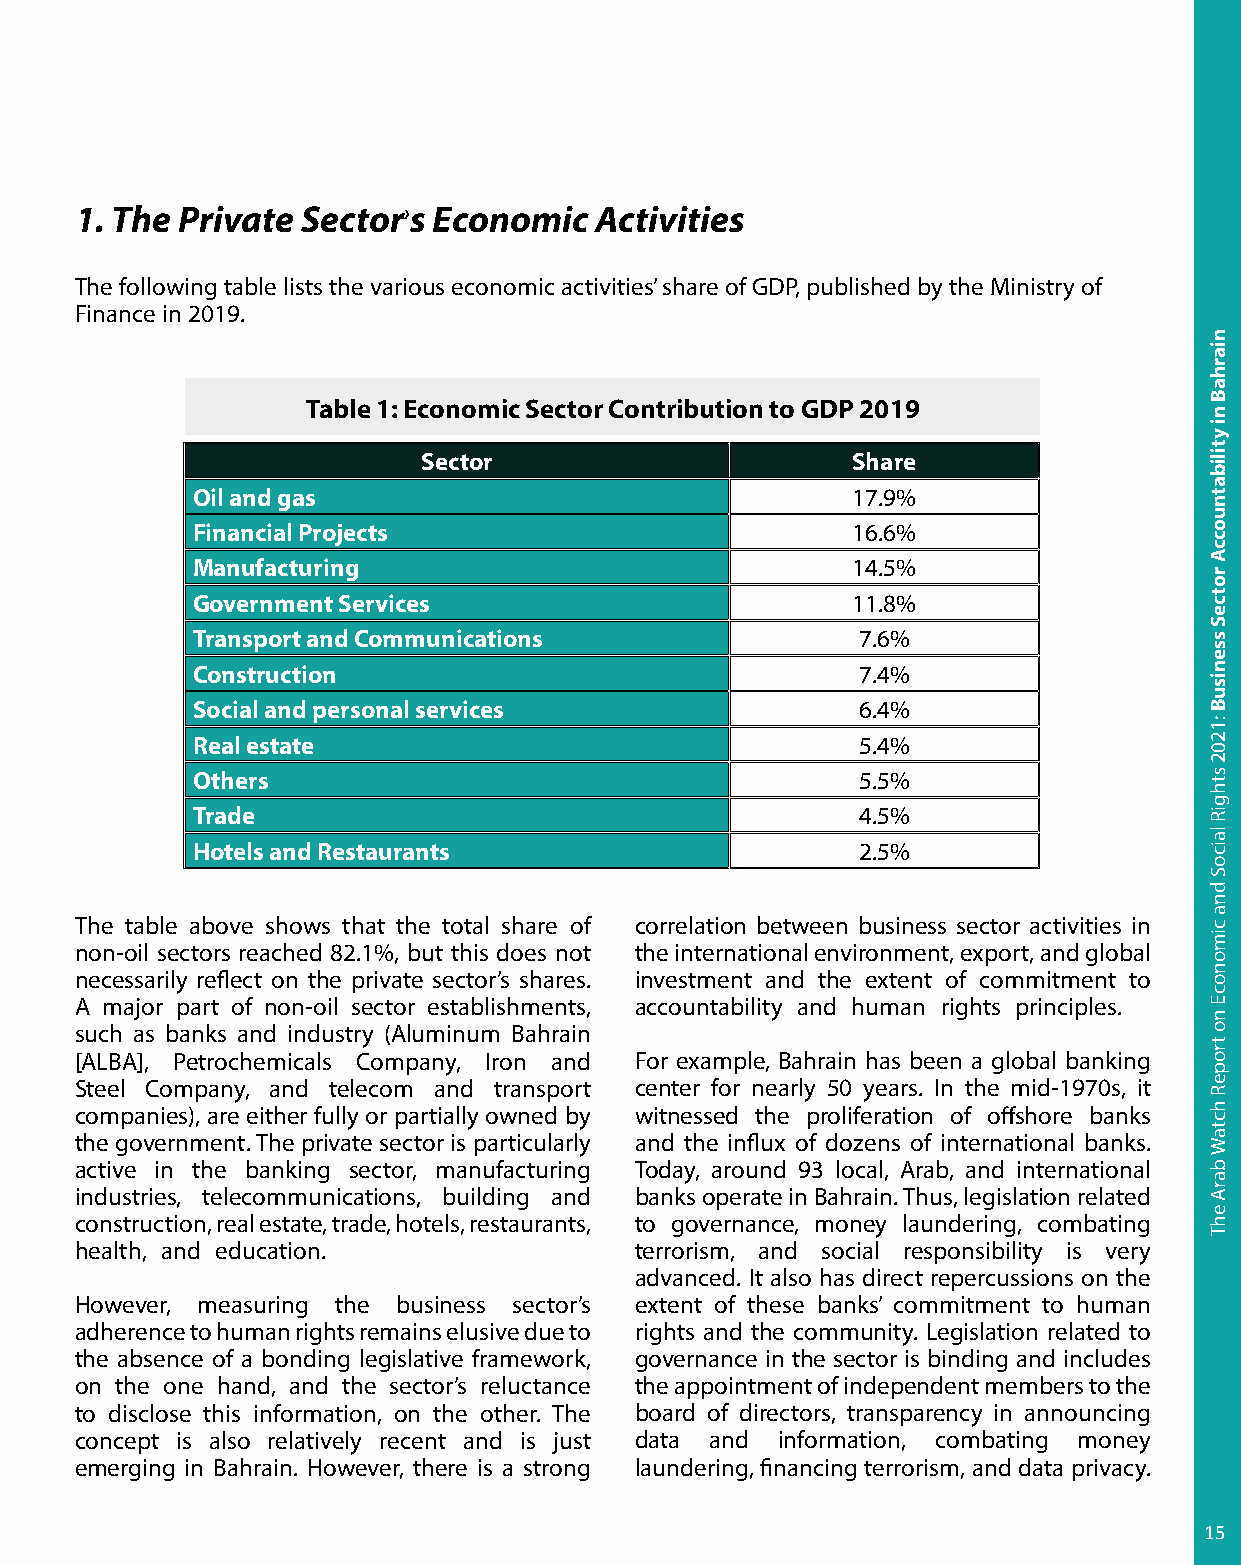
1. The Private Sector›s Economic  Activities
 The following table lists the various economic activities’ share of GDP, published by the Ministry of
 Finance in 2019.
 Table 1: Economic Sector Contribution to GDP 2019
 Sector                      Share
 Oil and gas                                17.9%
 Financial Projects                         16.6%
 Manufacturing                              14.5%
 Government Services                        11.8%
 Transport and Communications                7.6%
 Construction                                7.4%
 Social and personal services                6.4%
 Real estate                                 5.4%
 Others                                      5.5%
 Trade                                       4.5%
 Hotels and Restaurants                      2.5%
 The table above shows that the total share of correlation between business sector activities in
 non-oil sectors reached 82.1%, but this does not the international environment, export, and global
 necessarily reflect on the private sector’s shares. investment and the extent of commitment to
 A major part of non-oil sector establishments, accountability and human rights principles.
 such as banks and industry (Aluminum Bahrain
 [ALBA], Petrochemicals Company, Iron and For example, Bahrain has been a global banking
 Steel Company, and telecom and transport center for nearly 50 years. In the mid-1970s, it
 companies), are either fully or partially owned by witnessed the proliferation of offshore banks
 the government. The private sector is particularly and the influx of dozens of international banks.
 active in the banking sector, manufacturing Today, around 93 local, Arab, and international
 industries, telecommunications, building and banks operate in Bahrain. Thus, legislation related
 construction, real estate, trade, hotels, restaurants, to governance, money laundering, combating
 health, and education.               terrorism, and social responsibility is very
 advanced. It also has direct repercussions on the
 However, measuring the business sector’s extent of these banks’ commitment to human
 adherence to human rights remains elusive due to rights and the community. Legislation related to
 the absence of a bonding legislative framework, governance in the sector is binding and includes
 on the one hand, and the sector’s reluctance the appointment of independent members to the
 to disclose this information, on the other. The board of directors, transparency in announcing
 concept is also relatively recent and is just data and information, combating money
 emerging in Bahrain. However, there is a strong laundering, financing terrorism, and data privacy.
 15
 niarhaB
 ni
 ytilibatnuoccA
 rotceS
 ssenisuB
 :1202
 sthgiR
 laicoS
 dna
 cimonocE
 no
 tropeR
 hctaW
 barA
 ehT